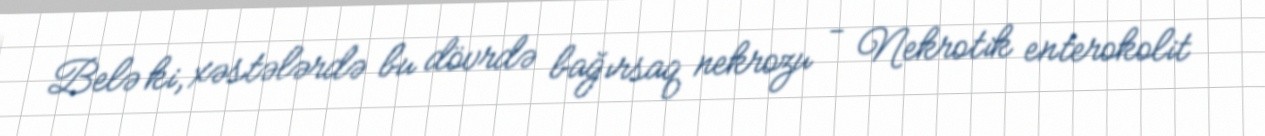
Belə ki, xəstələrdə bu dövrdə bağırsaq nekrozu - Nekrotik enterokolit